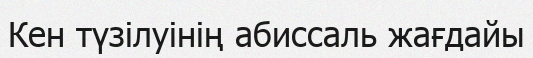
Кен түзілуінің абиссаль жағдайы